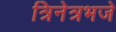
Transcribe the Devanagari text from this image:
त्रिनेत्रभजे